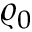
\varrho _ { 0 }